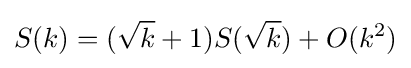
S(k)=({\sqrt {k}}+1)S({\sqrt {k}})+O(k^{2})